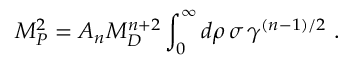
M _ { P } ^ { 2 } = { \cal A } _ { n } M _ { D } ^ { n + 2 } \int _ { 0 } ^ { \infty } d \rho \, \sigma \, \gamma ^ { ( n - 1 ) / 2 } ~ .